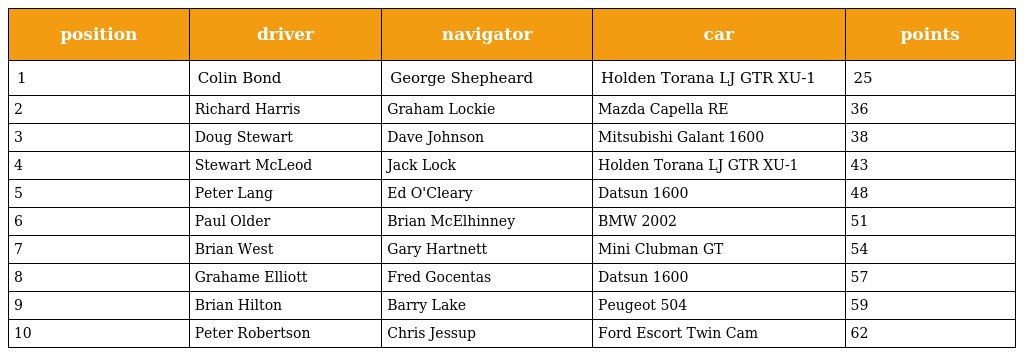
| position | driver | navigator | car | points |
 | --- | --- | --- | --- | --- |
 | 1 | Colin Bond | George Shepheard | Holden Torana LJ GTR XU-1 | 25 |
 | 2 | Richard Harris | Graham Lockie | Mazda Capella RE | 36 |
 | 3 | Doug Stewart | Dave Johnson | Mitsubishi Galant 1600 | 38 |
 | 4 | Stewart McLeod | Jack Lock | Holden Torana LJ GTR XU-1 | 43 |
 | 5 | Peter Lang | Ed O'Cleary | Datsun 1600 | 48 |
 | 6 | Paul Older | Brian McElhinney | BMW 2002 | 51 |
 | 7 | Brian West | Gary Hartnett | Mini Clubman GT | 54 |
 | 8 | Grahame Elliott | Fred Gocentas | Datsun 1600 | 57 |
 | 9 | Brian Hilton | Barry Lake | Peugeot 504 | 59 |
 | 10 | Peter Robertson | Chris Jessup | Ford Escort Twin Cam | 62 |